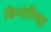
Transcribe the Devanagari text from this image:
विनंतीच्या